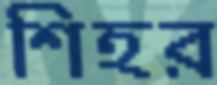
শিহর